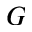
G